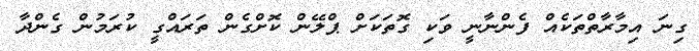
ގިނަ އިމާރާތްތަކެއް ފެންނާނީ ވަކި ގޮތަކަށް ޕްލޭން ކޮށްގެން ތަރައްގީ ކުރަމުން ގެންދާ